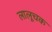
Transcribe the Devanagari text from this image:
लालूचक